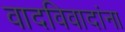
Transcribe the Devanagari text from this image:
वादविवादांना